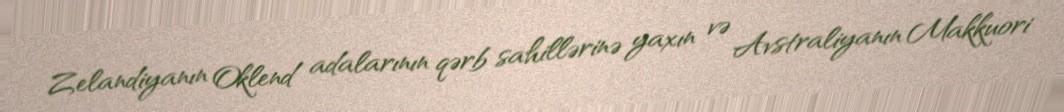
Zelandiyanın Oklend adalarının qərb sahillərinə yaxın və Avstraliyanın Makkuori